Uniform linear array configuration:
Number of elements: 16
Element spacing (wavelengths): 1
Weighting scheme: cosine
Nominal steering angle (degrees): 15
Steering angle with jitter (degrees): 13.988
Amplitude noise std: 0.05
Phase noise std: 0.05

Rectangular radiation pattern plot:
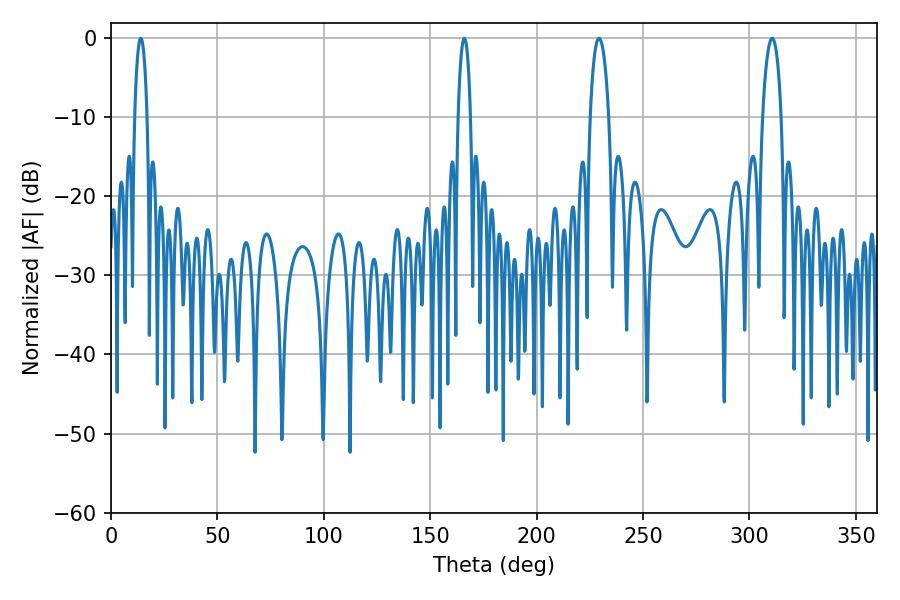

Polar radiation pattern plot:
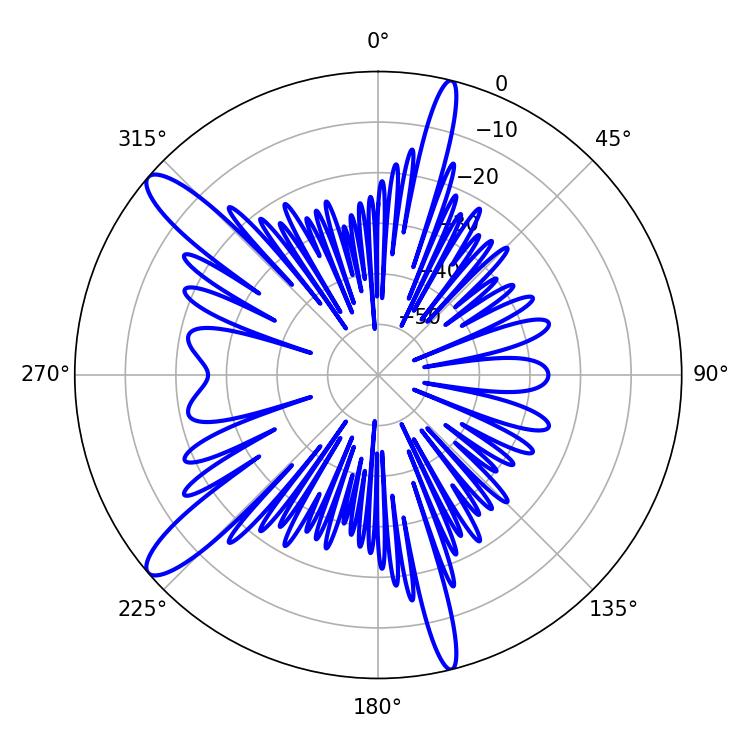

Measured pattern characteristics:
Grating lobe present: TRUE
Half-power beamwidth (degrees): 4.86
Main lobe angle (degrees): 229.32